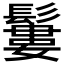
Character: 𩯁